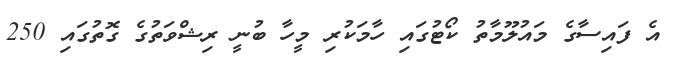
އެ ފައިސާގެ މައުލޫމާތު ކޯޓުގައި ހާމަކުރި މީހާ ބުނީ ރިޝްވަތުގެ ގޮތުގައި 250